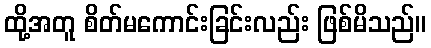
ထို့အတူ စိတ်မကောင်းခြင်းလည်း ဖြစ်မိသည်။